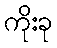
ကိုးခု